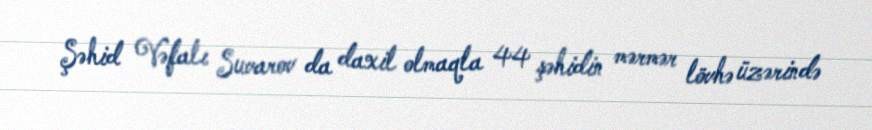
Şəhid Vəfalı Suvarov da daxil olmaqla 44 şəhidin mərmər lövhə üzərində